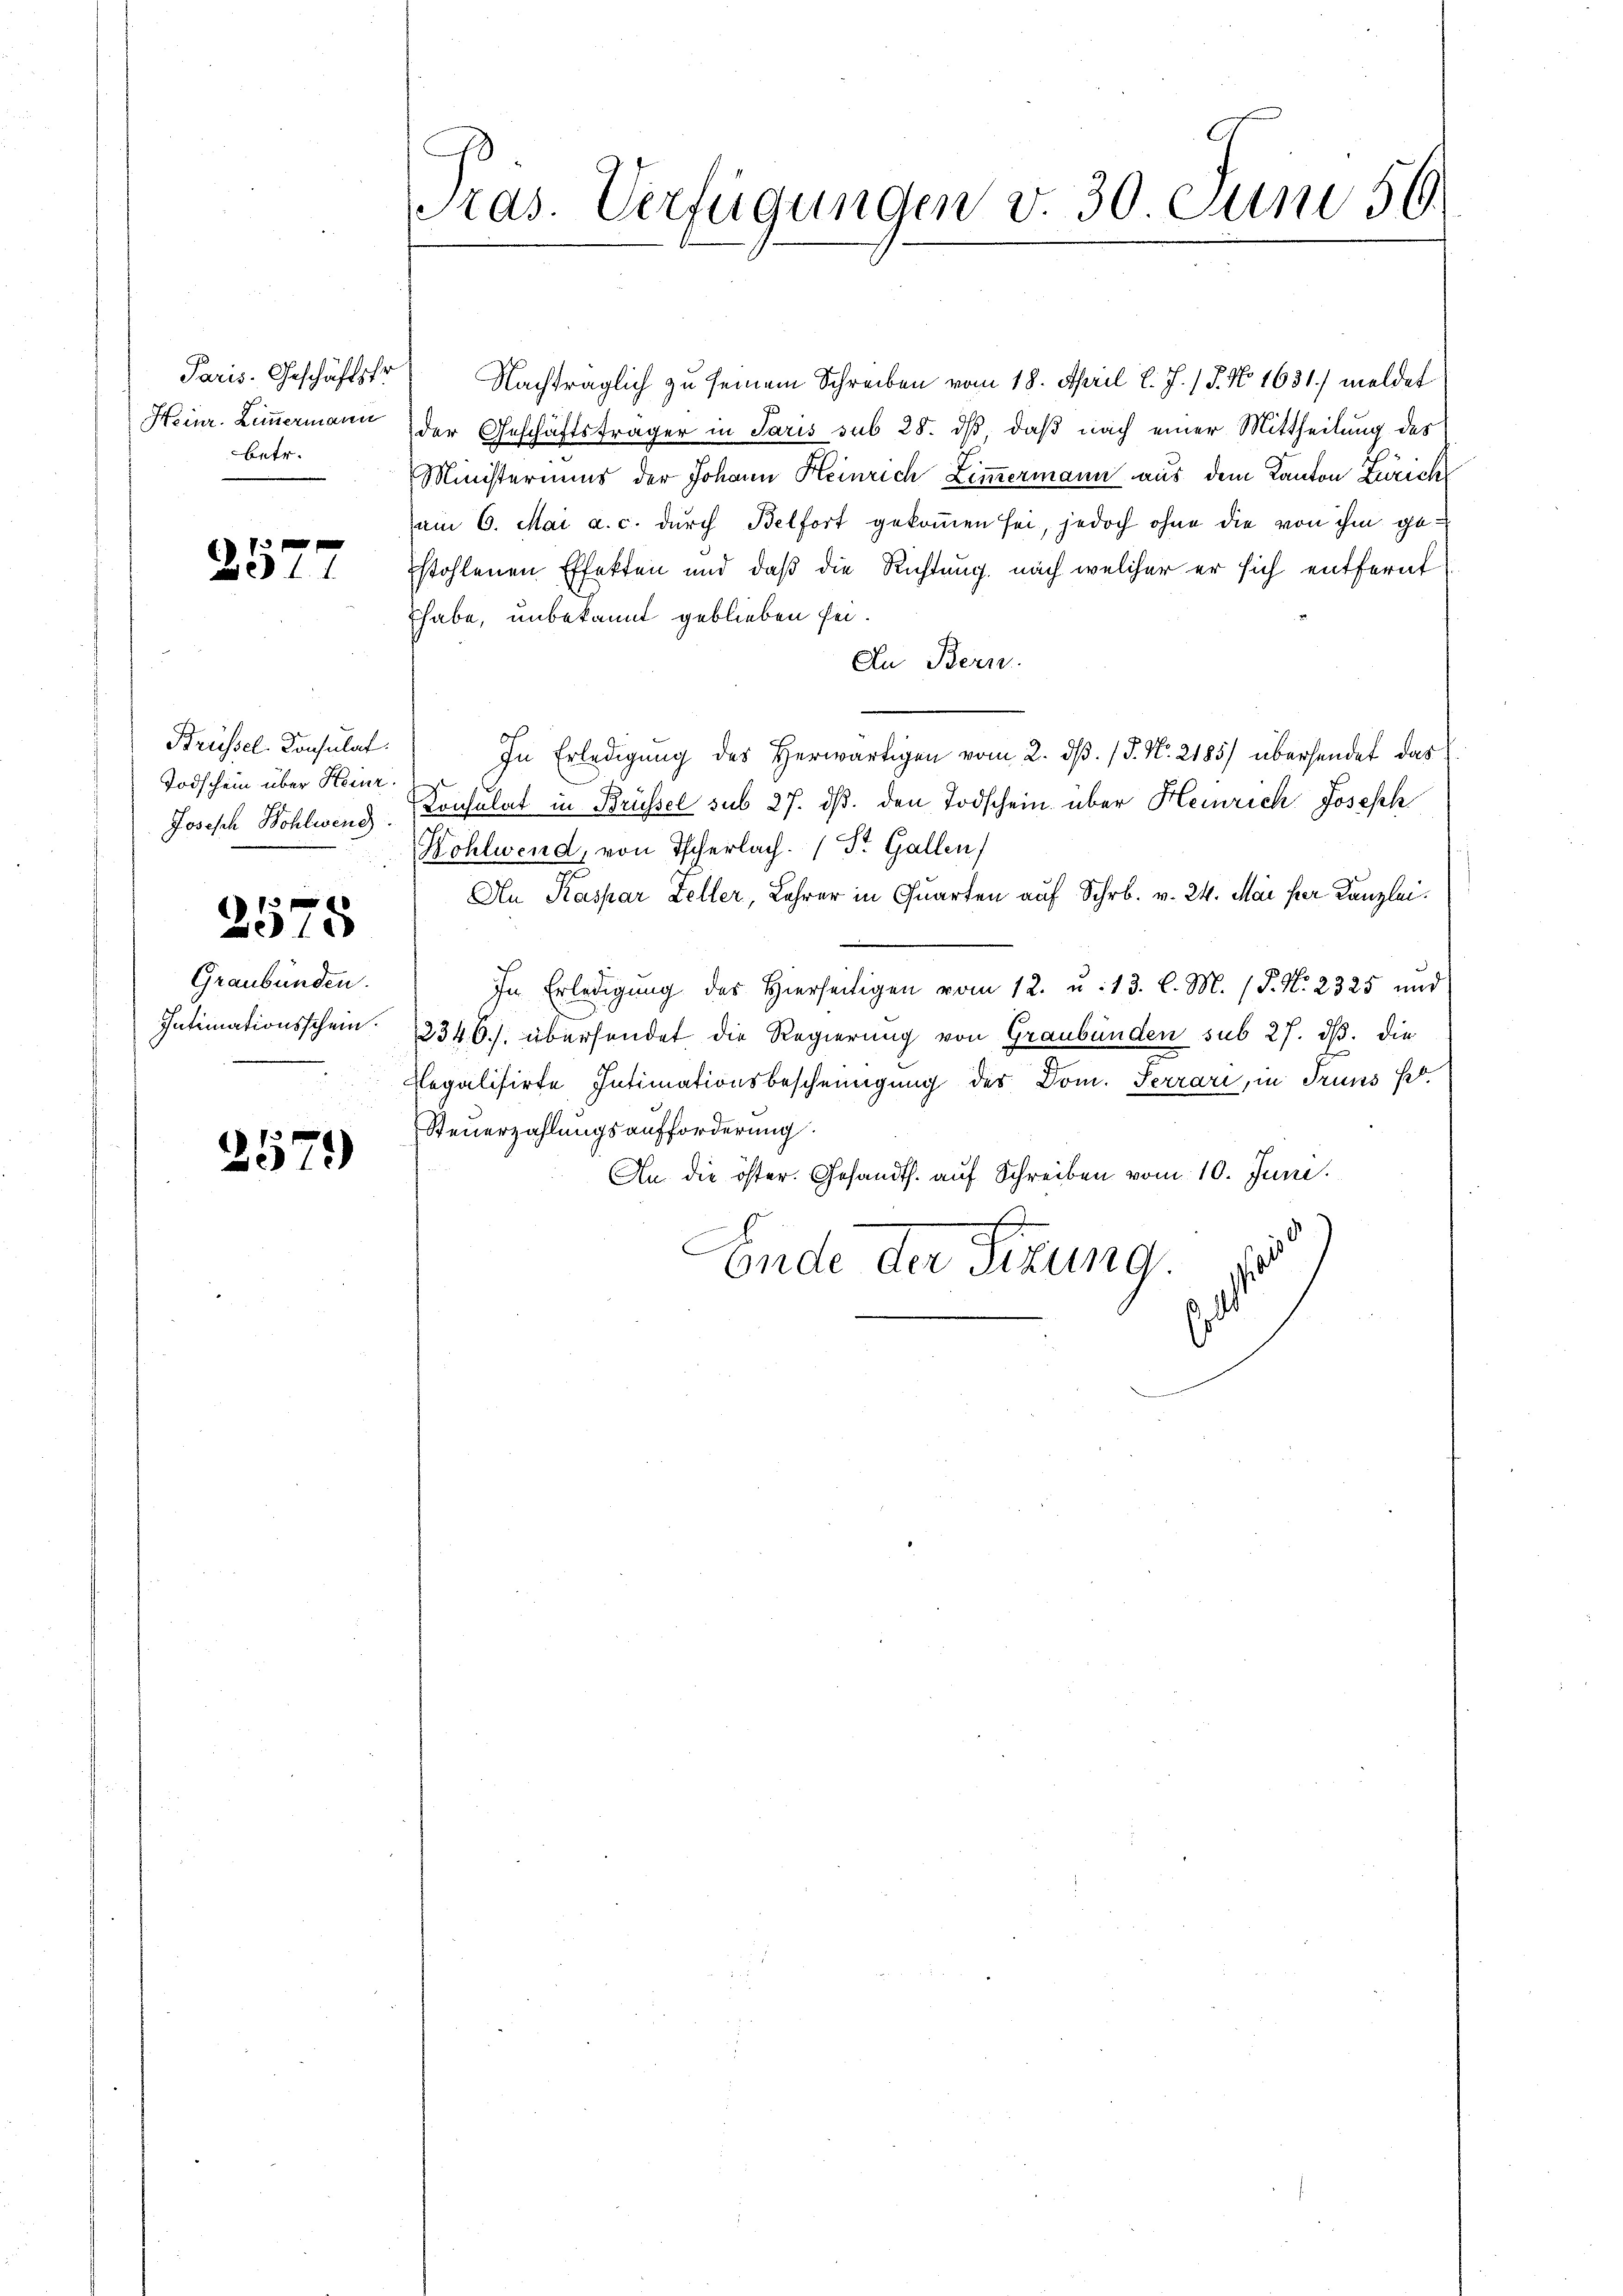
Paris. Geschäftsfr.
Heinr. Zimmermann
betr.

10 f 0 x
201

Brüssel. Consulat
Todschein über Heinr.

2575

Graubünden.
Intimationsschein.

2579)

ras. Verfügungen v. 30. Juni 56.

Nachträglich zu seinem Schreiben vom 18. April l. J. / 5. No. 1631) meldet
der Geschäftsträger in Paris sub 28. dß, daß nach einer Mittheilung des
Ministeriums der Johann Heinrich Zimmermann aus dem Kanton Zürich
am 6. Mai a. c. durch Belfort gekommen sei, jedoch ohne die von ihm ge-
stohlenen Effekten und daß die Richtung, nach welcher er sich entfernt
habe, unbekannt geblieben sei.
An Bern.
In Erledigung des Herwärtigen vom 2. dβ. / 5. No. 2185) übersendet das
Joseph Wohlwenz. Konsulat in Brüssel sub 27. ds. den Todschein über Heinrich Joseph
Kohlwend, von Tscherlach. St. Gallen
An Kaspar Zeller, Lehrer in Quarten auf Schr. v. 24. Mai per Kanzlei.
In Erledigung des Hierseitigen vom 12. u. 13. l. M. ( P. N. 2325 und
2346). übersendet die Regierung von Graubünden sub 27. dß. die
Regalisirte Intimationsbescheinigung des Dom. Terrari, in Truns Kt.
Steuerzahlungsaufforderung.
An die öster. Gesandts. auf Schreiben vom 10. Juni.
f
Ende der Sitzung.
.